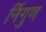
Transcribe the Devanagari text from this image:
र्निगुण